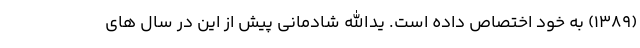
(1389) به خود اختصاص داده است. یدالله شادمانی پیش از این در سال های